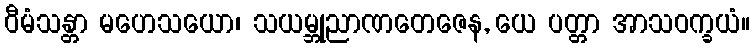
ဝီမံသန္တာ မဟေသယော၊ သယမ္ဘုညာဏတေဇေန, ယေ ပတ္တာ အာသဝက္ခယံ။